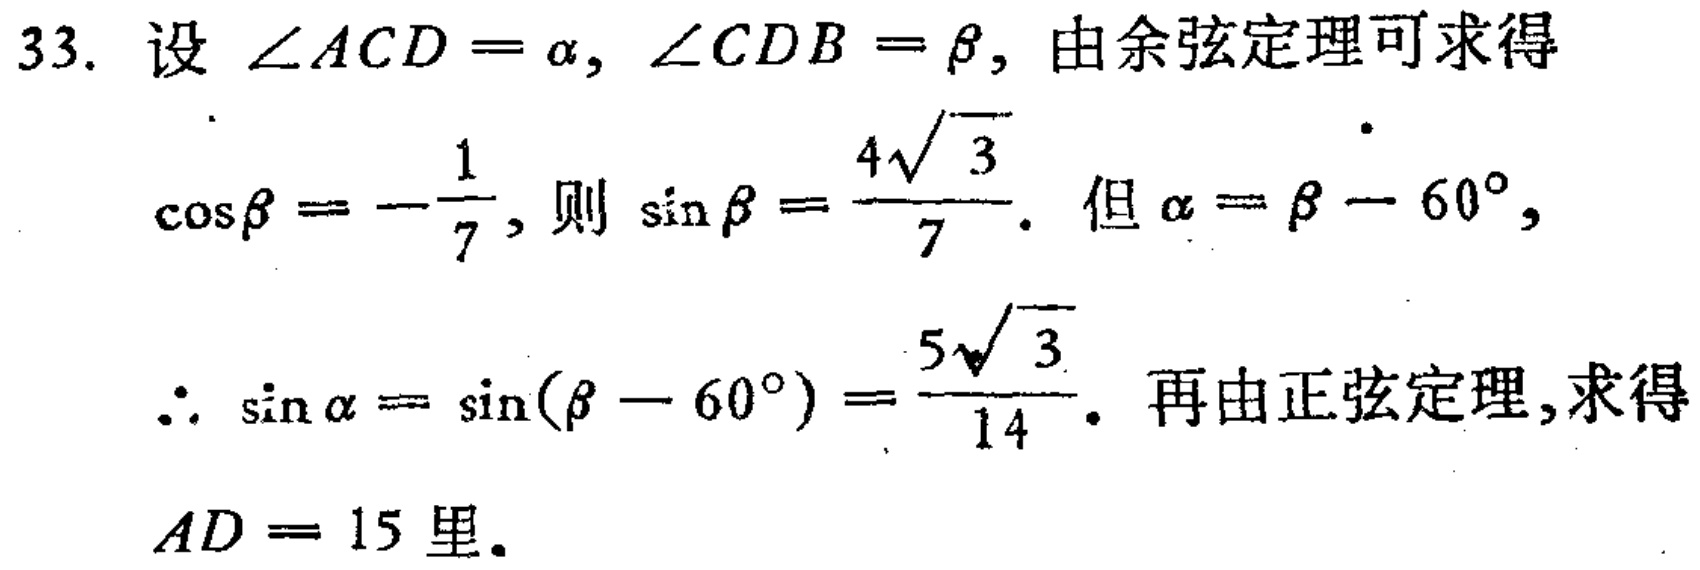
33. 设 \(\angle ACD = \alpha, \angle CDB = \beta\), 由余弦定理可求得
\(\cos\beta = -\frac{1}{7}\), 则 \(\sin\beta = \frac{4\sqrt{3}}{7}\). 但 \(\alpha = \beta - 60^{\circ}\),
\(\therefore \sin\alpha = \sin(\beta - 60^{\circ}) = \frac{5\sqrt{3}}{14}\). 再由正弦定理, 求得
\(AD = 15\) 里.